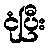
ငုံပြီး